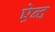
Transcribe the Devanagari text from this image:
ऐन्द